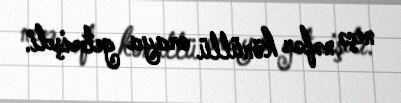
neçə nəfər könüllü oraya getmişdi.